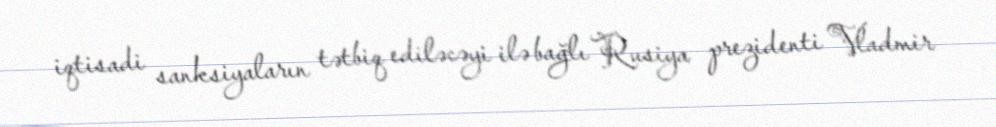
iqtisadi sanksiyaların tətbiq ediləcəyi ilə bağlı Rusiya prezidenti Vladmir